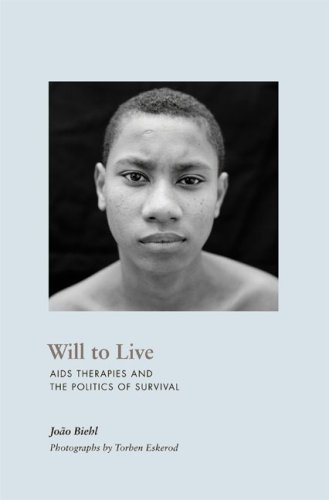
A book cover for Will to Live: AIDS Therapies and the Politics of Survival (In-Formation); JoÃ£o Biehl; Health, Fitness & Dieting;